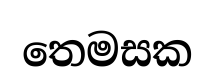
තෙමසක